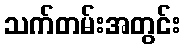
သက်တမ်းအတွင်း